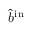
\hat { b } ^ { \mathrm { { i n } } }